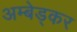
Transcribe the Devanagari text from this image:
अम्बेड्कर